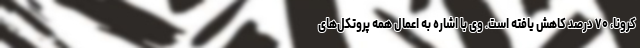
کرونا، ۷۰ درصد کاهش یافته است. وی با اشاره به اعمال همه پروتکل‌های